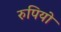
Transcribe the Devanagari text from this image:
रुपियो